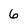
Character: 6